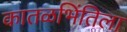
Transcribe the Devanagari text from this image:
कातळभिंतिला